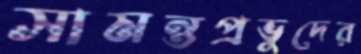
সামন্তপ্রভুদের